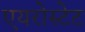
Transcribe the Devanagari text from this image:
एयरोस्टेट